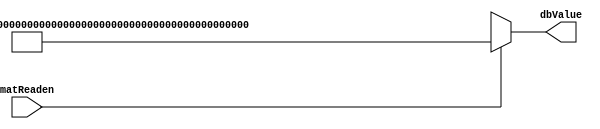
module DBMEM (matReaden, dbValue);
	input matReaden;
	output [287:0] dbValue;
	
	// 36     matReaden 1   
	assign dbValue =
		(matReaden == 1'b1) ? 
		{8'd95, 8'd95, 8'd95, 8'd95, 8'd0, 8'd0, 8'd0, 8'd0, 8'd95, 8'd95, 8'd95, 8'd95,
		8'd159, 8'd159, 8'd255, 8'd255, 8'd159, 8'd159, 8'd159, 8'd159, 8'd255, 8'd255,
		8'd159, 8'd159, 8'd95, 8'd95, 8'd95, 8'd95, 8'd0, 8'd0, 8'd0, 8'd0, 8'd95, 8'd95, 8'd95, 8'd95} : 288'bx;
endmodule